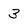
Character: 3